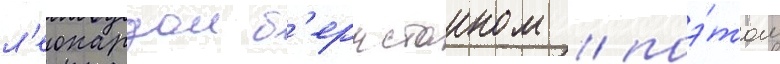
л'еонардом б'ернстаином / поэ́том